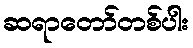
ဆရာတော်တစ်ပါး